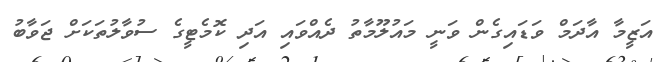
އަޒީމާ އާދަމް ވަޑައިގެން ވަނީ މައުލޫމާތު ދެއްވައި އަދި ކޮމެޓީގެ ސުވާލުތަކަށް ޖަވާބު